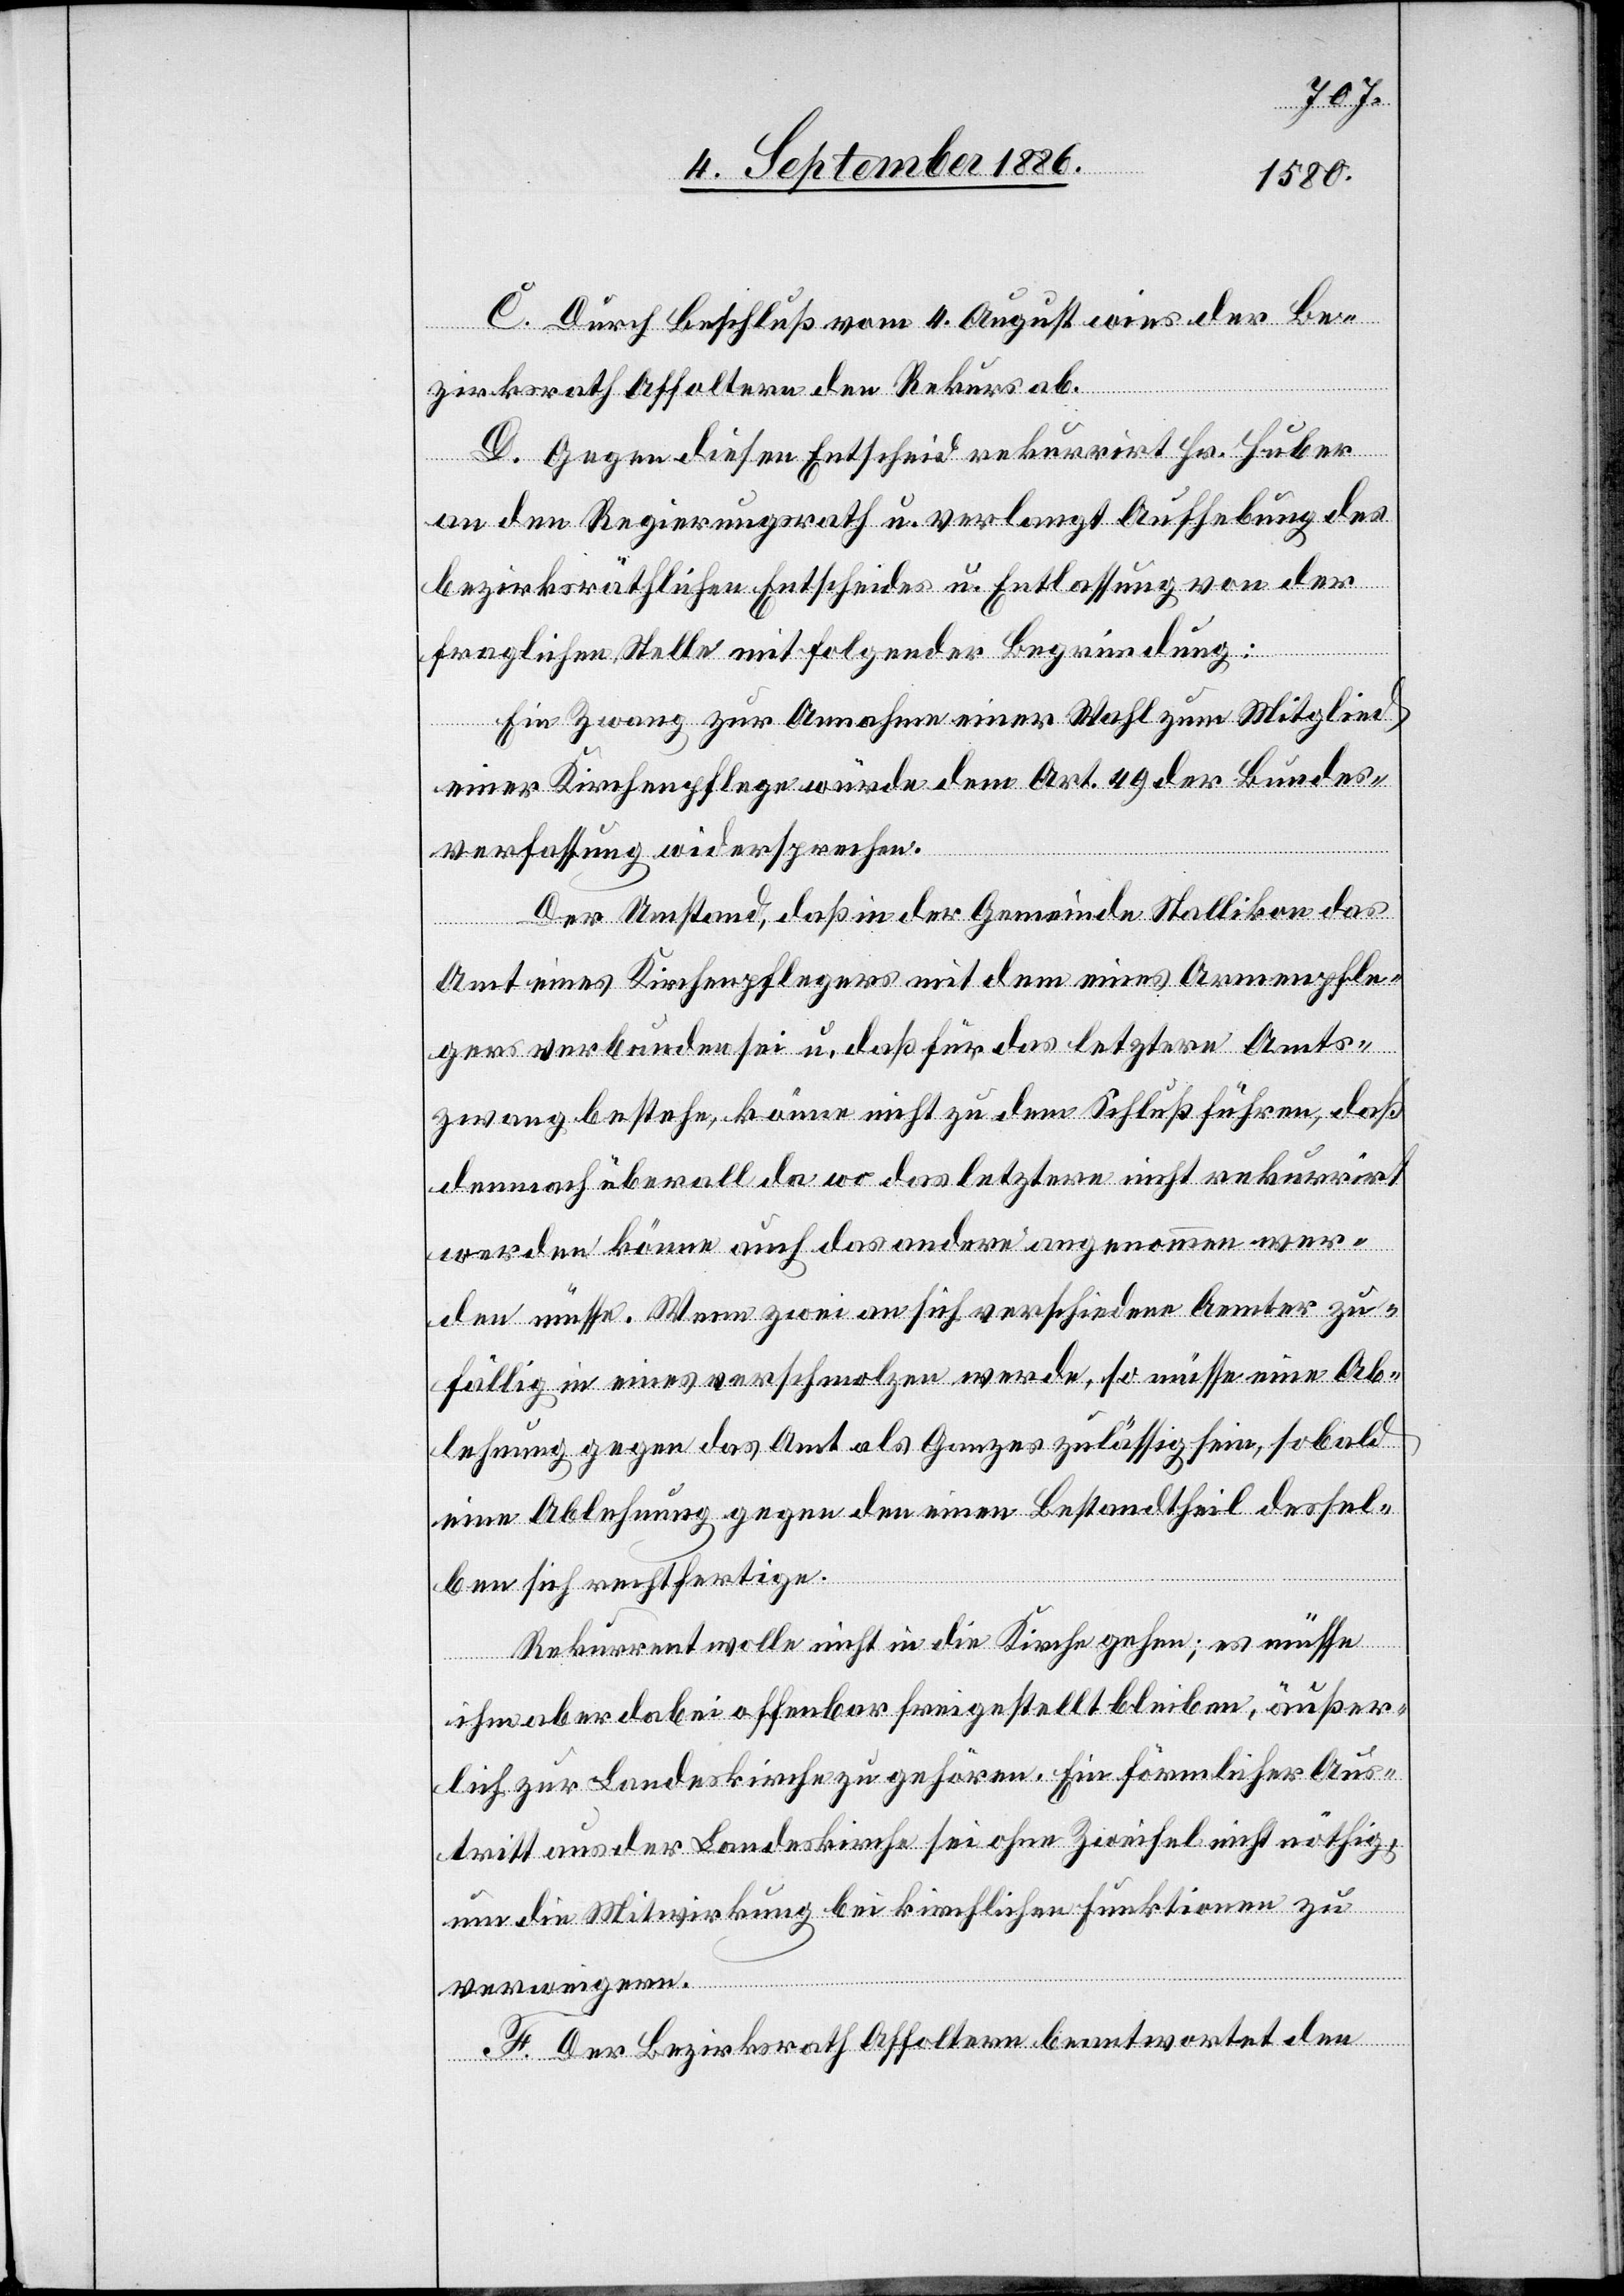
F. [si¬
C. Durch Beschluß vom 4. August wies der Be¬
zirksrath Affoltern den Rekurs ab.
D. Gegen diesen Entscheid rekurrirt Hr. Huber
an den Regierungsrath u. verlangt Aufhebung des
bezirksräthlichen Entscheides u. Entlassung von der
fraglichen Stelle mit folgender Begründung:
Ein Zwang zur Annahme einer Wahl zum Mitglied
einer Kirchenpflege würde dem Art. 49 der Bundes¬
verfassung widersprechen.
Der Umstand, daß in der Gemeinde Stallikon das
Amt eines Kirchenpflegers mit dem eines Armenpfle¬
gers verbunden sei u. daß für das letztere Amts¬
zwang bestehe, könne nicht zu dem Schluß führen, daß
demnach überall da wo das letztere nicht rekurrirt
werden könne auch das andere angenommen wer¬
den müsse. Wenn zwei an sich verschiedene Aemter zu¬
fällig in eines verschmolzen werde[n], so müsse eine Ab¬
lehnung gegen das Amt als Ganzes zulässig sein, sobald
eine Ablehnung gegen den einen Bestandtheil dessel¬
ben sich rechtfertige.
Rekurrent wolle nicht in die Kirche gehen; es müsse
ihm aber dabei offenbar freigestellt bleiben, äußer¬
lich zur Landeskirche zu gehören. Ein förmlicher Aus¬
tritt aus der Landeskirche sei ohne Zweifel nicht nöthig,
um die Mitwirkung bei kirchlichen Funktionen zu
verweigern.
c!] Der Bezirksrath Affoltern beantwortet den